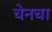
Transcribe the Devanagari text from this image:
चेनचा